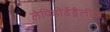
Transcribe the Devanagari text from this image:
लेपिडोडेंड्रैलीज